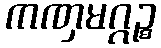
ကဏှမဂ္ဂဉ္စ